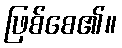
ဖြစ်စေ၏။